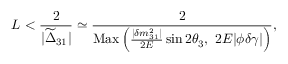
L < \frac { 2 } { | \widetilde { \Delta } _ { 3 1 } | } \simeq \frac { 2 } { \mathrm { M a x } \left( \frac { | \delta m _ { 3 1 } ^ { 2 } | } { 2 E } \sin 2 \theta _ { 3 } , \ 2 E | \phi \delta \gamma | \right) } ,